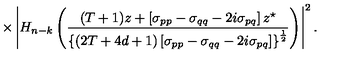
\times \left| H _ { n - k } \left( \frac { ( T + 1 ) z + \left[ \sigma _ { p p } - \sigma _ { q q } - 2 i \sigma _ { p q } \right] z ^ { \star } } { \left\{ ( 2 T + 4 d + 1 ) \left[ \sigma _ { p p } - \sigma _ { q q } - 2 i \sigma _ { p q } \right] \right\} ^ { \frac 1 2 } } \right) \right| ^ { 2 } .